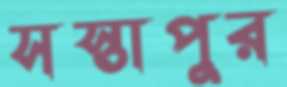
সস্তাপুর